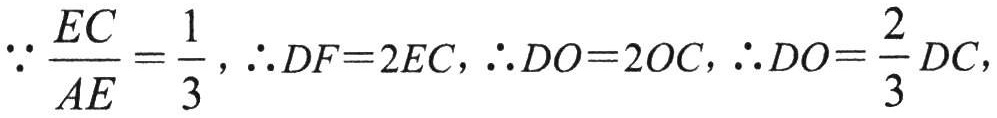
\(\because \frac{EC}{AE}=\frac{1}{3},\therefore DF = 2EC,\therefore DO = 2OC,\therefore DO=\frac{2}{3}DC,\)